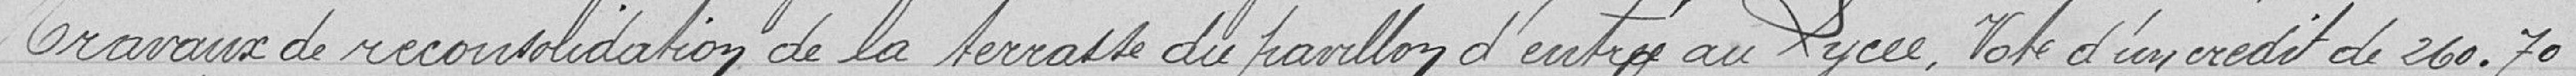
Travaux de reconsolidation de la terrasse du pavillon d'entrée au Lycée, vote d'un crédit de